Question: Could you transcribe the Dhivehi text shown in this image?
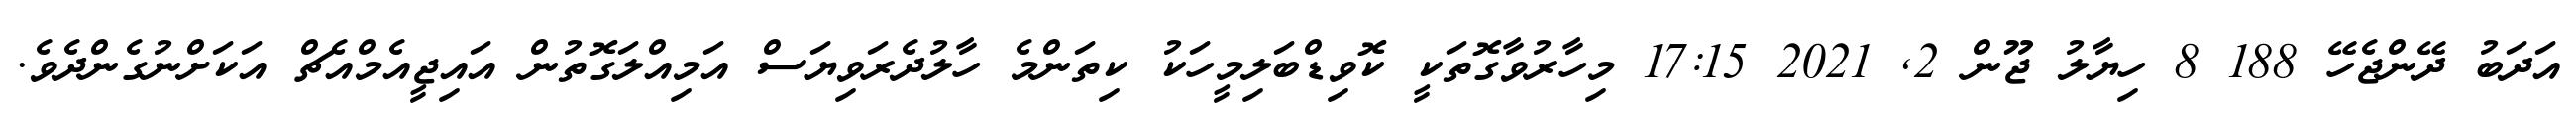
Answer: އަދަބު ދޭންޖެހޭ 188 8 ހިޔާލު ޖޫން 2, 2021 17:15 މިހާރުވާގޮތަކީ ކޮވިޑްބަލިމީހަކު ކިތަންމެ ހާލުދެރަވިޔަސް އަމިއްލަގޮތުން އައިޖީއެމްއެޗް އަކަށްނުގެންދެވެ.